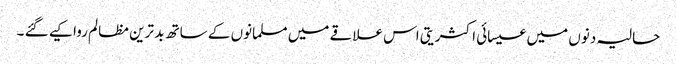
حالیہ دنوں میں عیسائی اکثریتی اس علاقے میں مسلمانوں کے ساتھ بد ترین مظالم روا کیے گئے ۔